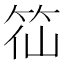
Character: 𥬍